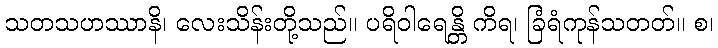
သတသဟဿာနိ၊ လေးသိန်းတို့သည်။ ပရိဝါရေန္တိ ကိရ၊ ခြံရံကုန်သတတ်။ စ၊